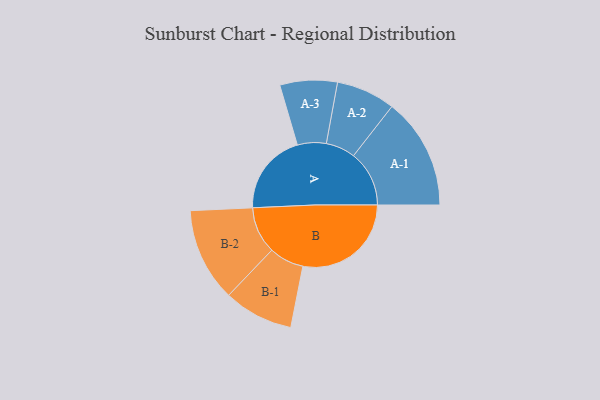
{"axis": {"x": "Segment", "y": "Value"}, "legend": ["", "A", "B"], "data": [{"x": "A", "y": 293, "type": ""}, {"x": "B", "y": 389, "type": ""}, {"x": "A-1", "y": 200, "type": "A"}, {"x": "A-2", "y": 106, "type": "A"}, {"x": "A-3", "y": 103, "type": "A"}, {"x": "B-1", "y": 125, "type": "B"}, {"x": "B-2", "y": 168, "type": "B"}]}